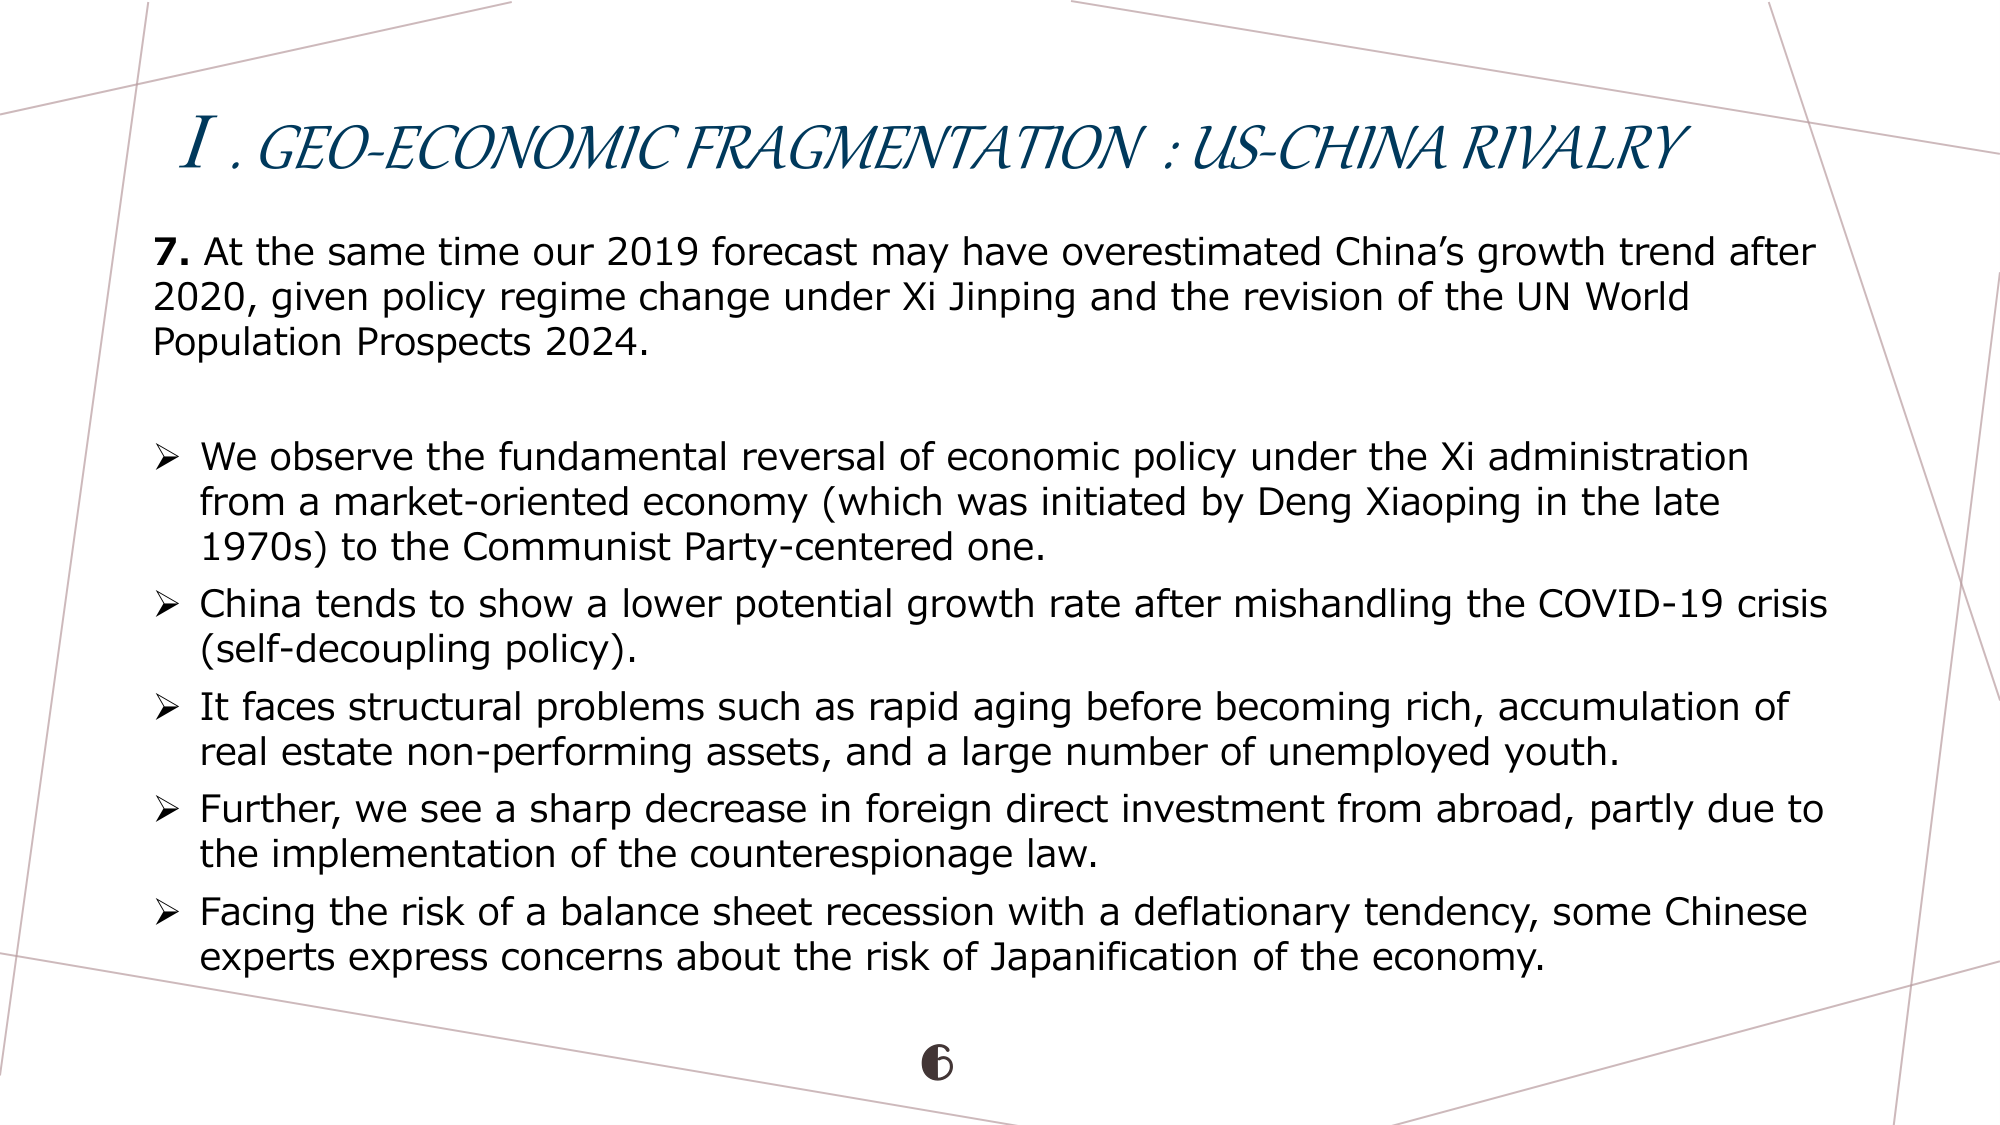
I. GEO-ECONOMIC FRAGMENTATION : US-CHINA RIVALRY

7. At the same time our 2019 forecast may have overestimated China’s growth trend after 2020, given policy regime change under Xi Jinping and the revision of the UN World Population Prospects 2024.

➤ We observe the fundamental reversal of economic policy under the Xi administration from a market-oriented economy (which was initiated by Deng Xiaoping in the late 1970s) to the Communist Party-centered one.

➤ China tends to show a lower potential growth rate after mishandling the COVID-19 crisis (self-decoupling policy).

➤ It faces structural problems such as rapid aging before becoming rich, accumulation of real estate non-performing assets, and a large number of unemployed youth.

➤ Further, we see a sharp decrease in foreign direct investment from abroad, partly due to the implementation of the counterespionage law.

➤ Facing the risk of a balance sheet recession with a deflationary tendency, some Chinese experts express concerns about the risk of Japanification of the economy.

6